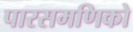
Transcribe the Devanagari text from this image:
पारसमणिको